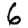
Digit: 6